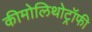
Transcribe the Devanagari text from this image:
कीमोलिथोट्रॉफी